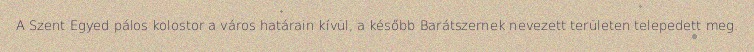
A Szent Egyed pálos kolostor a város határain kívül, a később Barátszernek nevezett területen telepedett meg.